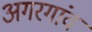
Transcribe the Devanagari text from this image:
अगरगांव